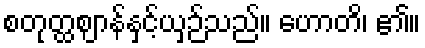
စတုတ္ထဈာန်နှင့်ယှဉ်သည်။ ဟောတိ၊ ၏။